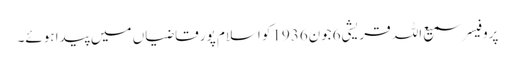
پروفیسر سمیع اللہ قریشی6جون1936کو اسلام پور قاضیاں میں پیدا ہوئے۔